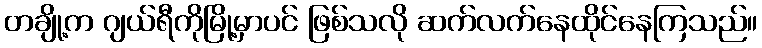
တချို့က ဂျယ်ရီကိုမြို့မှာပင် ဖြစ်သလို ဆက်လက်နေထိုင်နေကြသည်။